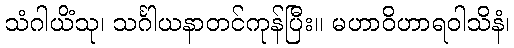
သံဂါယိံသု၊ သင်္ဂါယနာတင်ကုန်ပြီး။ မဟာဝိဟာရဝါသိနံ၊